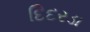
દિદરડા